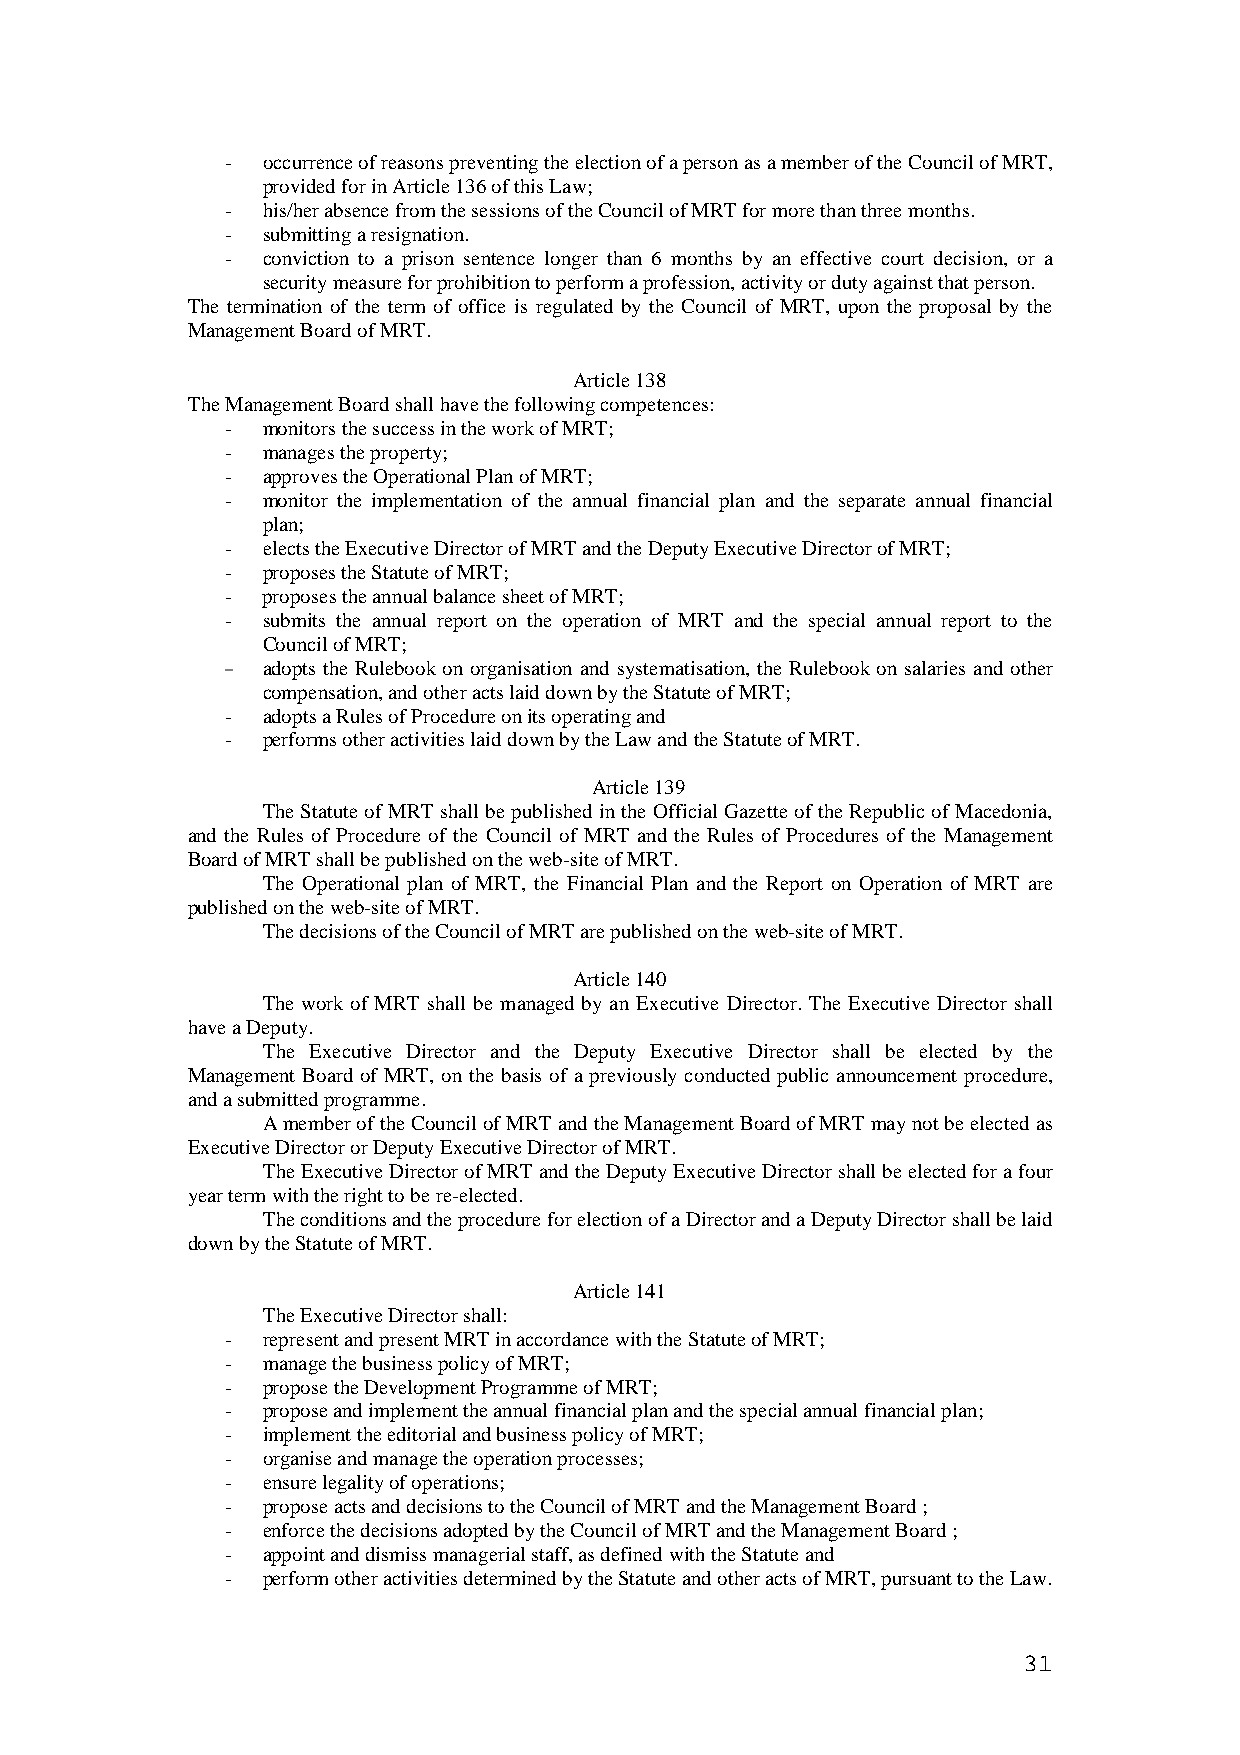
- occurrence of reasons preventing the election of a person as a member of the Council of MRT,
 provided for in Article 136 of this Law;
 - his/her absence from the sessions of the Council of MRT for more than three months.
 - submitting a resignation.
 - conviction to a prison sentence longer than 6 months by an effective court decision, or a
 security measure for prohibition to perform a profession, activity or duty against that person.
 The termination of the term of office is regulated by the Council of MRT, upon the proposal by the
 Management Board of MRT.
 Article 138
 The Management Board shall have the following competences:
 - monitors the success in the work of MRT;
 - manages the property;
 - approves the Operational Plan of MRT;
 - monitor the implementation of the annual financial plan and the separate annual financial
 plan;
 - elects the Executive Director of MRT and the Deputy Executive Director of MRT;
 - proposes the Statute of MRT;
 - proposes the annual balance sheet of MRT;
 - submits the annual report on the operation of MRT and the special annual report to the
 Council of MRT;
 - adopts the Rulebook on organisation and systematisation, the Rulebook on salaries and other
 compensation, and other acts laid down by the Statute of MRT;
 - adopts a Rules of Procedure on its operating and
 - performs other activities laid down by the Law and the Statute of MRT.
 Article 139
 The Statute of MRT shall be published in the Official Gazette of the Republic of Macedonia,
 and the Rules of Procedure of the Council of MRT and the Rules of Procedures of the Management
 Board of MRT shall be published on the web-site of MRT.
 The Operational plan of MRT, the Financial Plan and the Report on Operation of MRT are
 published on the web-site of MRT.
 The decisions of the Council of MRT are published on the web-site of MRT.
 Article 140
 The work of MRT shall be managed by an Executive Director. The Executive Director shall
 have a Deputy.
 The Executive Director and the Deputy Executive Director shall be elected by the
 Management Board of MRT, on the basis of a previously conducted public announcement procedure,
 and a submitted programme.
 A member of the Council of MRT and the Management Board of MRT may not be elected as
 Executive Director or Deputy Executive Director of MRT.
 The Executive Director of MRT and the Deputy Executive Director shall be elected for a four
 year term with the right to be re-elected.
 The conditions and the procedure for election of a Director and a Deputy Director shall be laid
 down by the Statute of MRT.
 Article 141
 The Executive Director shall:
 - represent and present MRT in accordance with the Statute of MRT;
 - manage the business policy of MRT;
 - propose the Development Programme of MRT;
 - propose and implement the annual financial plan and the special annual financial plan;
 - implement the editorial and business policy of MRT;
 - organise and manage the operation processes;
 - ensure legality of operations;
 - propose acts and decisions to the Council of MRT and the Management Board ;
 - enforce the decisions adopted by the Council of MRT and the Management Board ;
 - appoint and dismiss managerial staff, as defined with the Statute and
 - perform other activities determined by the Statute and other acts of MRT, pursuant to the Law.
 31